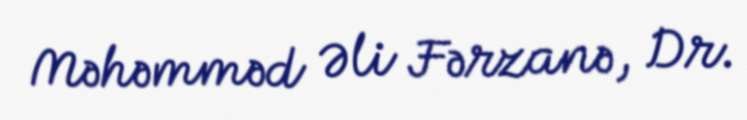
Məhəmməd Əli Fərzanə, Dr.